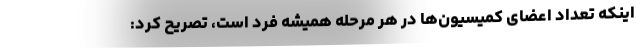
اینکه تعداد اعضای کمیسیون‌ها در هر مرحله همیشه فرد است، تصریح کرد: